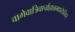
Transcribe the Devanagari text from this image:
वागेवात्रिवार्चाह्यन्नमद्यतेऽत्तिहर्